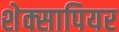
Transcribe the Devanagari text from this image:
शेक्सापियर